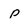
Character: p